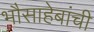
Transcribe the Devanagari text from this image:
भौसाहेबांची